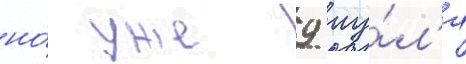
но́ уже 9 иу́л'я